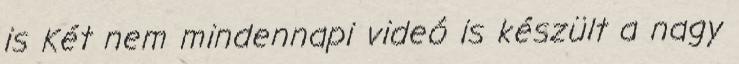
is Két nem mindennapi videó is készült a nagy